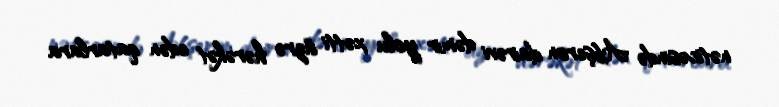
nəticəsində Abşeron dairəvi dəmir yolu xətti üzrə hərəkət edən qatarlara